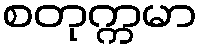
စတုက္ကမာ